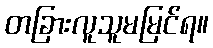
တခြားလူသူမမြင်ရ။